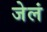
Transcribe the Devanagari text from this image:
जेलं